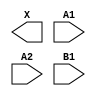
module sky130_fd_sc_ls__o21a (
    X ,
    A1,
    A2,
    B1
);

    output X ;
    input  A1;
    input  A2;
    input  B1;

    // Voltage supply signals
    supply1 VPWR;
    supply0 VGND;
    supply1 VPB ;
    supply0 VNB ;

endmodule